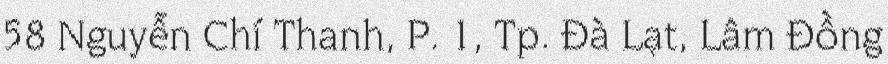
58 Nguyễn Chí Thanh, P. 1, Tp. Đà Lạt, Lâm Đồng